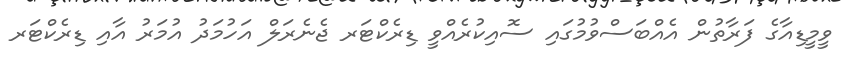
ވީމީޑިއާގެ ފަރާތުން އެއްބަސްވުމުގައި ސޮއިކުރެއްވީ ޑިރެކްޓަރ ޖެނެރަލް އަހުމަދު އުމަރު އާއި ޑިރެކްޓަރ